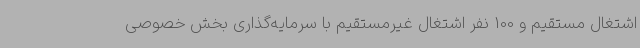
اشتغال مستقیم و 100 نفر اشتغال غیرمستقیم با سرمایه‌گذاری بخش خصوصی